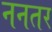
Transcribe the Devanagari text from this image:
ननतर